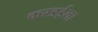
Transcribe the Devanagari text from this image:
करडईला